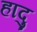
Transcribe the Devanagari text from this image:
हादु